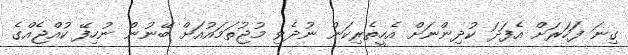
ގިނަ ފަހަރަށް އެފަދަ ކުދިންނަށް އެހީތެރިކަން ނުދެވި މުޖުތަމައުއަށް ބޭނުން ނުހިފޭ ކުއްޖެއްގެ